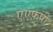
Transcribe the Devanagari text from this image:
एएफ़पी